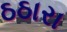
ઠઠારા